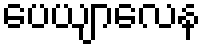
ပေယျာလေန